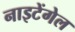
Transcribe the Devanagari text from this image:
नाइटेंगेल